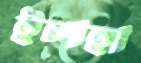
ইলহা